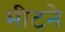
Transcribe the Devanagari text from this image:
मीटने